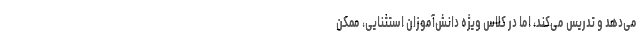
می‌دهد و تدریس می‌کند، اما در کلاس ویژه دانش‌آموزان استثنایی، ممکن